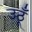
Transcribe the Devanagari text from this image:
उठूँ